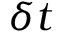
\delta t